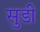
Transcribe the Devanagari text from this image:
सुडी